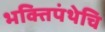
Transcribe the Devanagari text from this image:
भक्तिपंथेचि